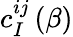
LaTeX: c_{I}^{ij}\left(\beta\right)